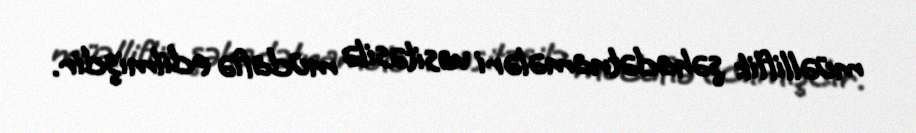
müəlliflik şəhadətnamələri vasitəsilə müdafiə edilmişdir.